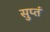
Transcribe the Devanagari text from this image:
सुप्तं